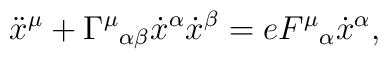
\ddot x^\mu + {\Gamma^\mu}_{\alpha\beta} \dot x^\alpha \dot x^\beta  = e {F^\mu}_\alpha \dot x^\alpha,